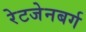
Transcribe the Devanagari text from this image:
रेटजेनबर्ग